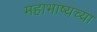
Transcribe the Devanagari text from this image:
महाभाष्यच्या